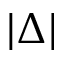
\lvert \Delta \rvert